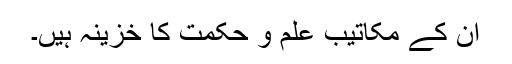
ان کے مکاتیب علم و حکمت کا خزینہ ہیں۔